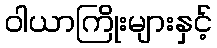
ဝါယာကြိုးများနှင့်